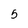
Character: 5